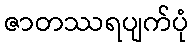
ဇာတဿရပျက်ပုံ